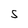
Character: S